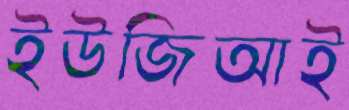
ইউজিআই